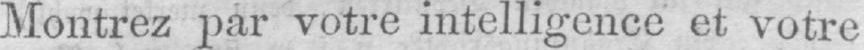
Montrez par votre intelligence et votre